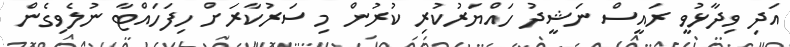
އަދި ވިދާޅުވީ ރައީސް ނަޝީދު ހައްޔަރުކުރި ކުރުން މި ސަރުކާރަށް ހިފަހައްޓާ ނުލެވިގެން